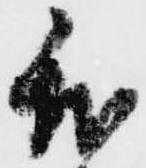
我